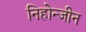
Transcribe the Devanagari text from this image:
निहोन्जीन